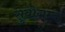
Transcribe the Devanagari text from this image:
सुबोगम्य